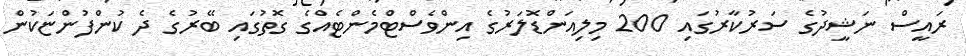
ރައީސް ނަޝީދުގެ ސަރުކާރުގައި 200 މިލިއަންޑޮލަރުގެ އިންވެސްޓްމެންޓެއްގެ ގޮތުގައި ބޭރުގެ ދެ ކުންފުންޏަކުން